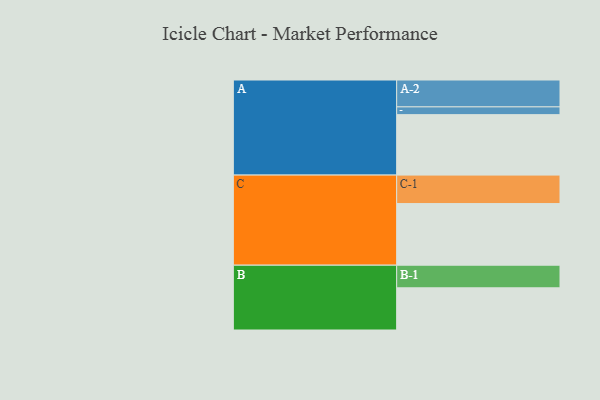
{"axis": {"x": "Segment", "y": "Value"}, "legend": ["", "A", "B", "C"], "data": [{"x": "A", "y": 569, "type": ""}, {"x": "B", "y": 397, "type": ""}, {"x": "C", "y": 580, "type": ""}, {"x": "A-1", "y": 73, "type": "A"}, {"x": "A-2", "y": 253, "type": "A"}, {"x": "B-1", "y": 213, "type": "B"}, {"x": "C-1", "y": 268, "type": "C"}]}